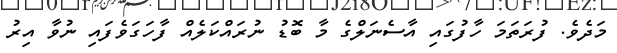
މަދެވެ. ފުރަތަމަ ހާފުގައި އާސެނަލްގެ މާ ބޮޑު ނުރައްކަލެއް ފާހަގަވެފައި ނުވާ އިރު